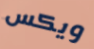
ويكس